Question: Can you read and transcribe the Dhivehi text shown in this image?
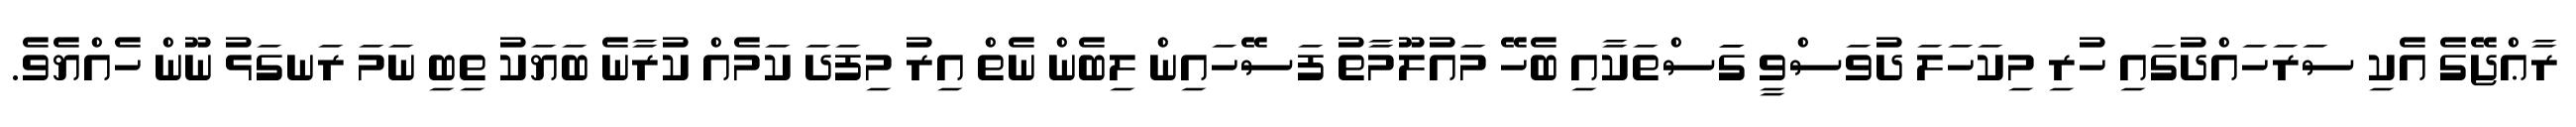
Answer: ރާޢްޖޭގެ އެކި ސަރަހައްދުގައި ހުރި މިކަހަލަ ދުވަސްވީ ގަަސްތަކާއި ބެހޭ މައުލޫމާތު ފަސޭހައިން ލިބެން ނެތް އިރު މިފަދަ ކަމެއް ކުރާނެ ބަޔަކު ތިބި ނަމަ ރަނގަޅު ނޫން ހެއްޔެވެ.